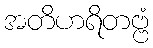
အတိဟရိတဗ္ဗံ